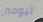
ليومين